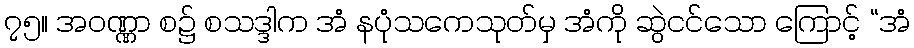
၇၅။ အဝဏ္ဏာ စ၌ စသဒ္ဒါက အံ နပုံသကေသုတ်မှ အံကို ဆွဲငင်သော ကြောင့် “အံ